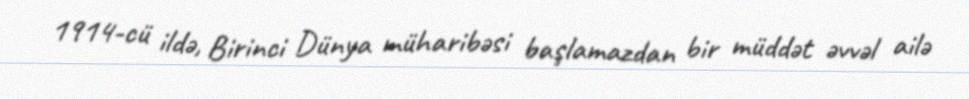
1914-cü ildə, Birinci Dünya müharibəsi başlamazdan bir müddət əvvəl ailə